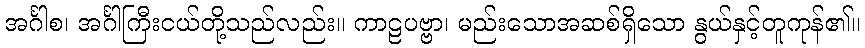
အင်္ဂါစ၊ အင်္ဂါကြီးငယ်တို့သည်လည်း။ ကာဠပဗ္ဗာ၊ မည်းသောအဆစ်ရှိသော နွယ်နှင့်တူကုန်၏။